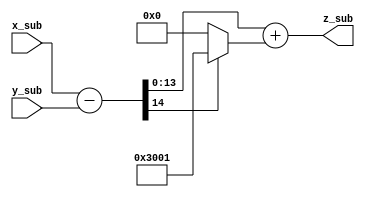
`timescale 1ns / 1ps
//////////////////////////////////////////////////////////////////////////////////
// Company: 
// Engineer: 
// 
// Design Name: 
// Module Name: modular_substraction
// Project Name: 
// Target Devices: 
// Tool Versions: 
// Description: 
// 
// Dependencies: 
// 
// Revision:
// Revision 0.01 - File Created
// Additional Comments:
// 
//////////////////////////////////////////////////////////////////////////////////


module modular_substraction #(parameter data_width = 14)(
    input [data_width-1:0] x_sub,
    input [data_width-1:0] y_sub,
    output [data_width-1:0] z_sub
    );
    
    parameter M = 12289;
    
    wire [data_width-1:0] q;
    wire c;
    wire [data_width-1:0] d;
    wire b;
    
    assign {b,d} = x_sub - y_sub;
    assign  q = b == 1? M : 0;
    assign {c,z_sub} = d + q;
    
endmodule